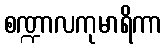
စဏ္ဍာလကုမာရိကာ